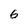
Character: 6